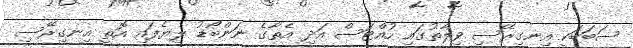
ސަބަބަކީ އިނގިރޭސި ވިލާތުގައި ހުއްޓަސް އަދި އެތާގެ ނަންބޯޑު ލިޔެފައި އޮތީ އިނގިރޭސި